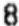
8